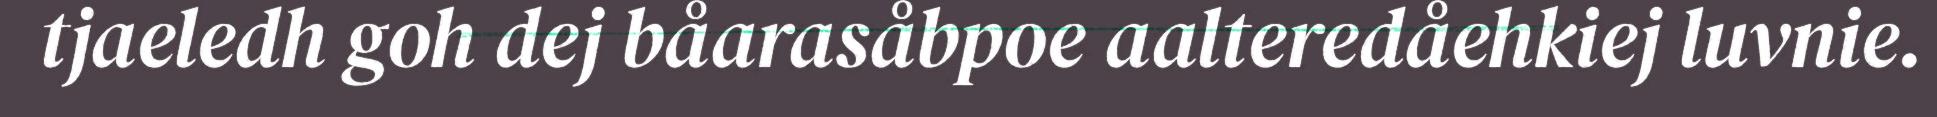
tjaeledh goh dej båarasåbpoe aalteredåehkiej luvnie.